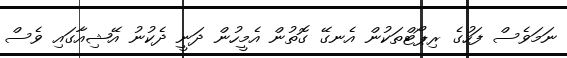
ނަމަވެސް ފަހުގެ ރިޕޯޓްތަކުން އެނގޭ ގޮތުން އެމީހުން ދަނީ ދެކުނު އޭޝިއާގައި ވެސް